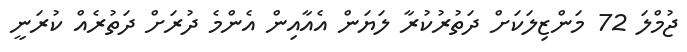
ޖުމްލަ 72 މަންޒިލަކަށް ދަތުރުކުރާ ލަޔަން އެއާއިން އެންމެ ދުރަށް ދަތުރެއް ކުރަނީ